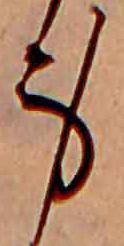
身